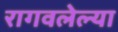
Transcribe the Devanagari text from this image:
रागवलेल्या